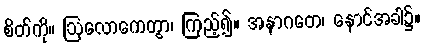
စိတ်ကို။ ဩလောကေတွာ၊ ကြည့်၍။ အနာဂတေ၊ နောင်အခါ၌။